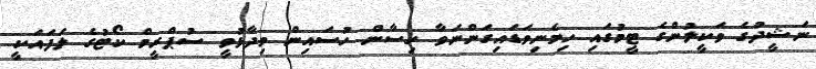
ނަޝީދުގެ ވަކީލުންގެ ޓީމުގައި ހިމެނިވަޑައިގަންނަވާ ހިސާން ހުސައިން ވިދާޅުވީ ސުޕްރީމް ކޯޓުގެ ލަފައަކީ